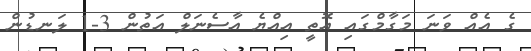
ގެ އެއް ވަނަ މަގާމްގައި އޮތީ އިއްޔެ އާސެނަލް އަތުން 3-1 ލަނޑުން